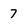
Character: 7